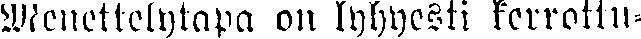
Menettelytapa on lyhyesti kerrottu,